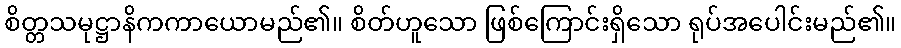
စိတ္တသမုဋ္ဌာနိကကာယောမည်၏။ စိတ်ဟူသော ဖြစ်ကြောင်းရှိသော ရုပ်အပေါင်းမည်၏။